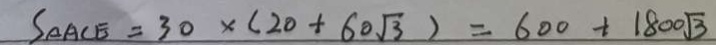
S _ { \Delta A C E } = 3 0 \times ( 2 0 + 6 0 \sqrt { 3 } ) = 6 0 0 + 1 8 0 0 \sqrt { 3 }